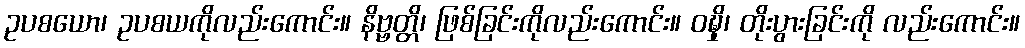
ဥပစယော၊ ဥပစယကိုလည်းကောင်း။ နိဗ္ဗတ္တိ၊ ဖြစ်ခြင်းကိုလည်းကောင်း။ ဝဍ္ဎှိ၊ တိုးပွားခြင်းကို လည်းကောင်း။